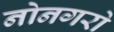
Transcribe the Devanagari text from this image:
नोनगरो